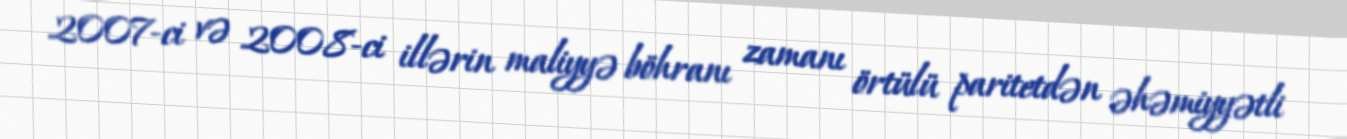
2007-ci və 2008-ci illərin maliyyə böhranı zamanı örtülü paritetdən əhəmiyyətli